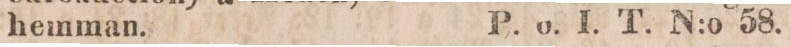
hemman.    P. o. I. T. N:o 58.